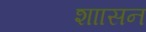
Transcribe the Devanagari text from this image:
शाासन